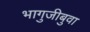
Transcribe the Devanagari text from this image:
भागुजीबुवा